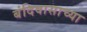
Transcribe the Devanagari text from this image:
बंदिवासाच्या